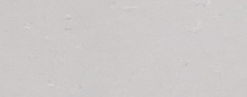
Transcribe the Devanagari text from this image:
ओखल्ढुङ्गा